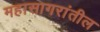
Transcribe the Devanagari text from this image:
महासागरांतील